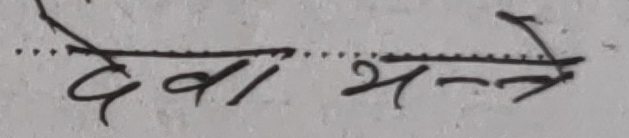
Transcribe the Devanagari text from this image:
देवा भन्ते